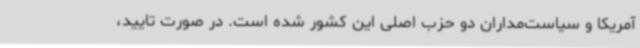
آمریکا و سیاست‌مداران دو حزب اصلی این کشور شده است. در صورت تایید،